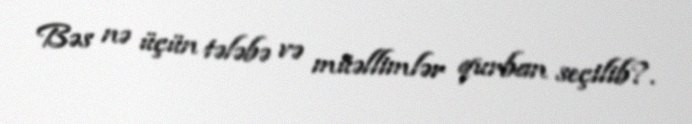
Bəs nə üçün tələbə və müəllimlər qurban seçilib?.